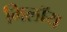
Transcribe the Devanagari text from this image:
मिलॉय